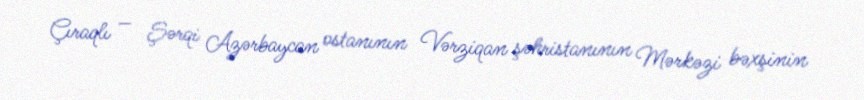
Çıraqlı — Şərqi Azərbaycan ostanının Vərziqan şəhristanının Mərkəzi bəxşinin